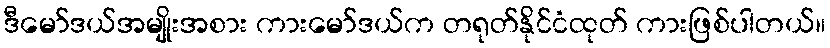
ဒီမော်ဒယ်အမျိုးအစား ကားမော်ဒယ်က တရုတ်နိုင်ငံထုတ် ကားဖြစ်ပါတယ်။